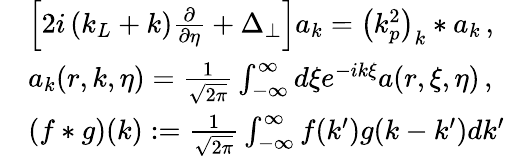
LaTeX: \begin{array}{rl}&{\left[2i\left(k_{L}+k\right)\frac{\partial}{\partial\eta}+\Delta_{\perp}\right]a_{k}=\left(k_{p}^{2}\right)_{k}\ast a_{k}\, ,}\\ &{a_{k}(r,k,\eta)=\frac{1}{\sqrt{2\pi}}\int_{-\infty}^{\infty}d\xi e^{-ik\xi}a(r,\xi,\eta)\, ,}\\ &{(f\ast g)(k):=\frac{1}{\sqrt{2\pi}}\int_{-\infty}^{\infty}f(k^{\prime})g(k-k^{\prime})dk^{\prime}}\end{array}